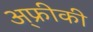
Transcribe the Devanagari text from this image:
अ्फ्रीकी